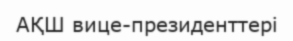
АҚШ вице-президенттері